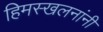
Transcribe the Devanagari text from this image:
हिमस्खलनांनी